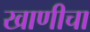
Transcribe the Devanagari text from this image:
खाणीचा